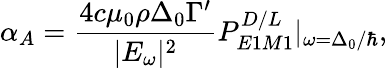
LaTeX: \alpha_{A}=\frac{4c\mu_{0}\rho\Delta_{0}\Gamma^{\prime}}{|E_{\omega}|^{2}}P_{E1M1}^{D/L}|_{\omega=\Delta_{0}/\hbar},